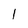
Character: 1